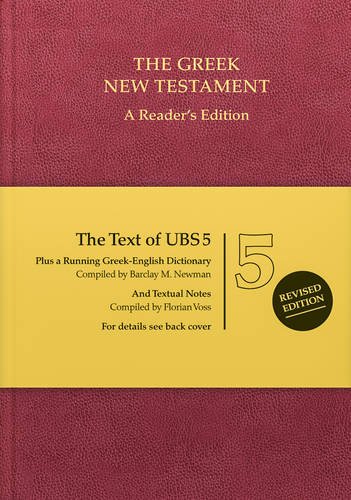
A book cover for Greek New Testament: The Text of UBS 5, Reader's Edition; Christian Books & Bibles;